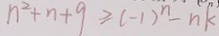
n ^ { 2 } + n + 9 \geq ( - 1 ) ^ { n } - n k